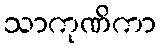
သာကုဏိကာ